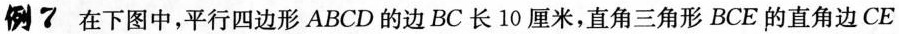
例7 在下图中，平行四边形ABCD的边BC长10厘米，直角三角形BCE的直角边CE